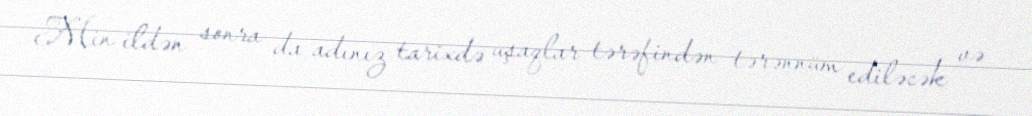
Min ildən sonra da adınız tarixdə uşaqlar tərəfindən tərənnüm ediləcək və